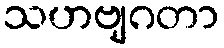
သဟဗျဂတာ